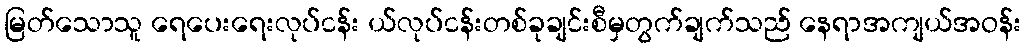
မြတ်သောသူ ရေပေးရေးလုပ်ငန်း ယ်လုပ်ငန်းတစ်ခုချင်းစီမှတွက်ချက်သည် နေရာအကျယ်အဝန်း